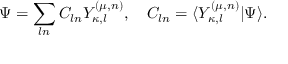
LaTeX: \Psi = \sum _ { l n } C _ { l n } Y _ { \kappa , l } ^ { ( \mu , n ) } , \quad C _ { l n } = \langle Y _ { \kappa , l } ^ { ( \mu , n ) } | \Psi \rangle .